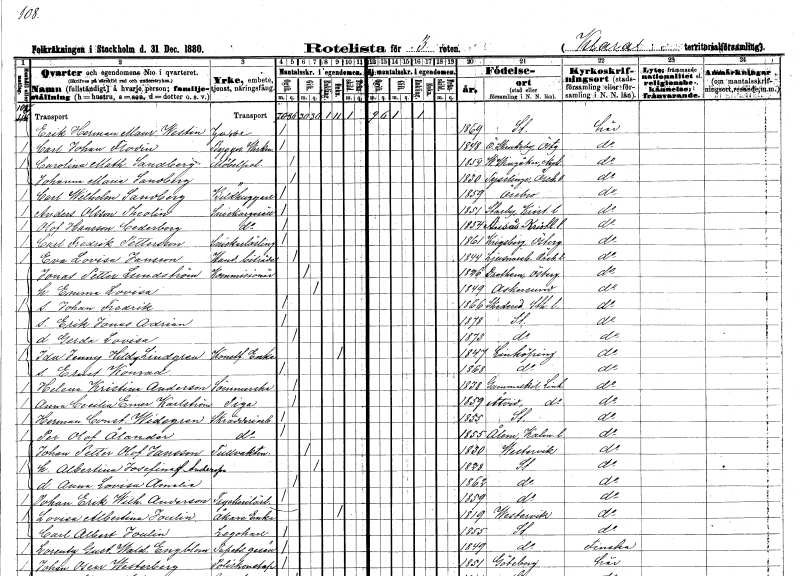
gt_parse: households: individuals: FN: Erik Herman Mauritz
EN: Westin
KON: M
CIV: O
FODAR: 1869
FODFORS: Stockholm
FN: Carl Johan
EN: Flodin
YRKE: Verkmästare byggnads
KON: M
CIV: O
FODAR: 1848
FODFORS: Östra Skrukeby Östergötlands län
FN: Carolina Mathilda
EN: Sandberg
YRKE: Möbelpolererska
KON: K
CIV: O
FODAR: 1854
FODFORS: Västra Vingåker Södermanlands län
FN: Johanna Maria
EN: Sandberg
YRKE: Möbelpolererska
KON: K
CIV: O
FODAR: 1830
FODFORS: Tysslinge Örebro län
FN: Carl Wilhelm
EN: Sandberg
YRKE: Bildhuggare
KON: M
CIV: O
FODAR: 1859
FODFORS: Örebro Örebro län
FN: Anders
EN: Olsson Theolin
YRKE: Snickaregesäll
KON: M
CIV: O
FODAR: 1851
FODFORS: Starby Kristianstads län
FN: Olof
EN: Hansson Cederberg
YRKE: Snickaregesäll
KON: M
CIV: O
FODAR: 1854
FODFORS: Ausås Kristianstads län
FN: Carl Fredrik
EN: Pettersson
YRKE: Snickarelärling
KON: M
CIV: O
FODAR: 1861
FODFORS: Krigsberg Östergötlands län
FN: Eva Lovisa
EN: Jansson
YRKE: Handelsbiträde
KON: K
CIV: O
FODAR: 1844
FODFORS: Ljusnarsberg Örebro län
FN: Jonas Petter
EN: Lundström
YRKE: Kommissionär
KON: M
CIV: G
FODAR: 1826
FODFORS: Drothem Östergötlands län
FN: Emma Lovisa
KON: K
CIV: G
FODAR: 1849
FODFORS: Askersund Örebro län
FN: Johan Fredrik
KON: M
CIV: O
FODAR: 1866
FODFORS: Skederid Stockholms län
FN: Erik Jonas Adrian
KON: M
CIV: O
FODAR: 1878
FODFORS: Stockholm
FN: Gerda Lovisa
KON: K
CIV: O
FODAR: 1873
FODFORS: Stockholm
FN: Ida Jenny Hildegard
EN: Lindgren
YRKE: Konstf.änka
KON: K
CIV: E
FODAR: 1847
FODFORS: Linköping Östergötlands län
FN: Ernst Konrad
KON: M
CIV: O
FODAR: 1868
FODFORS: Linköping Östergötlands län
FN: Helena Kristina
EN: Andersson
YRKE: Sömmerska
KON: K
CIV: O
FODAR: 1838
FODFORS: Gammalkil Östergötlands län
FN: Anna Cecilia Emerentia
EN: Karlström
YRKE: Piga
KON: K
CIV: O
FODAR: 1859
FODFORS: Åtvid Östergötlands län
FN: Herman Constantin
EN: Widegren
YRKE: Skrädderiarbetare
KON: M
CIV: O
FODAR: 1855
FODFORS: Stockholm
FN: Per Olof
EN: Ålander
YRKE: Skrädderiarbetare
KON: M
CIV: O
FODAR: 1855
FODFORS: Ålem Kalmar län
FN: Johan Petter Olof
EN: Jansson
YRKE: Tullvaktmästare
KON: M
CIV: G
FODAR: 1830
FODFORS: Västervik Kalmar län
FN: Albertina Josefina
EN: Andersson
KON: K
CIV: G
FODAR: 1828
FODFORS: Stockholm
FN: Anna Lovisa Amalia
KON: K
CIV: O
FODAR: 1862
FODFORS: Stockholm
FN: Johan Erik Wilhelm
EN: Anderson
YRKE: Tryckerilärling
KON: M
CIV: O
FODAR: 1859
FODFORS: Stockholm
FN: Lovisa Albertina
EN: Joulin
YRKE: Åkareänka
KON: K
CIV: E
FODAR: 1819
FODFORS: Västervik Kalmar län
FN: Carl Albert
EN: Joulin
YRKE: Legokarl
KON: M
CIV: O
FODAR: 1855
FODFORS: Stockholm
FN: Lorentz Gustaf Waldemar
EN: Engblom
YRKE: Tapetseraregesäll
KON: M
CIV: O
FODAR: 1849
FODFORS: Stockholm
FN: Johan Oscar
EN: Westerberg
YRKE: Poliskonstapel
KON: M
CIV: O
FODAR: 1851
FODFORS: Göteborg Göteborgs- och Bohuslän